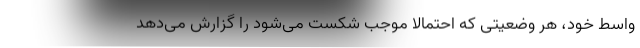
واسط خود، هر وضعیتی که احتمالاً موجب شکست می‌شود را گزارش می‌دهد